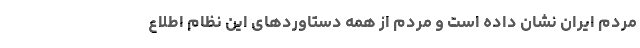
مردم ایران نشان داده است و مردم از همه دستاوردهای این نظام اطلاع